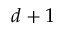
d + 1